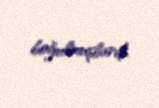
boğulmuşlardı.